Vaccination report Assam 1874-1896 - 1874-1896
Year: 1874
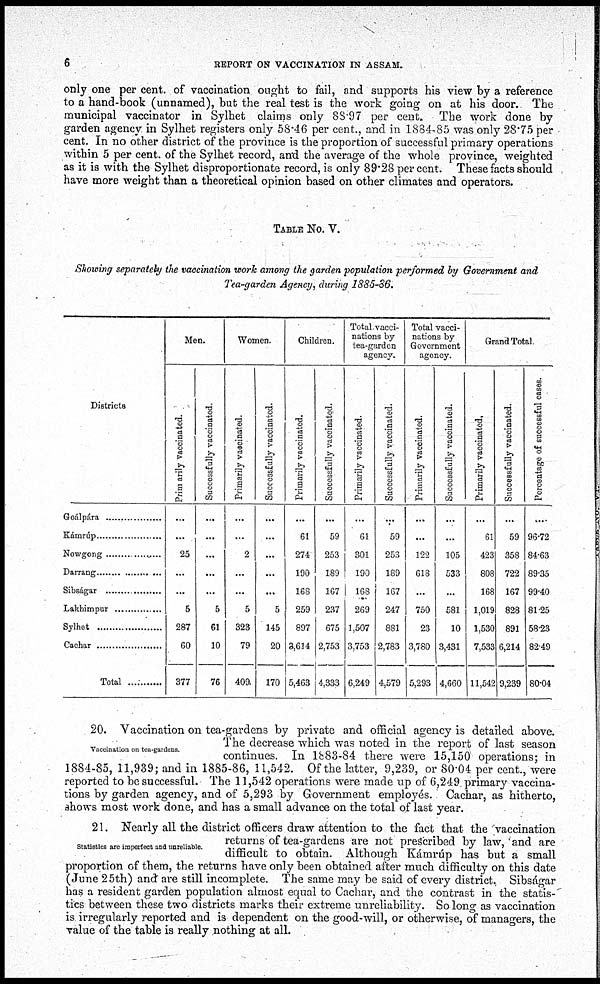
6
REPORT ON VACCINATION IN ASSAM.
only one per cent. of vaccination ought to fail, and supports his view by a reference
to a hand-book (unnamed), but the real test is the work going on at his door. The
municipal vaccinator in Sylhet claims only 88.97 per cent. The work done by
garden agency in Sylhet registers only 58.46 per cent., and in 1884-85 was only 28.75 per
cent. In no other district of the province is the proportion of successful primary operations
within 5 per cent. of the Sylhet record, and. the average of the whole province, weighted
as it is with the Sylhet disproportionate record, is only 89.28 per cent. These facts should
have more weight than a theoretical opinion based on other climates and operators.
TABLE No. V.
Showing separately the vaccination work among the garden population performed by Government and
Tea-garden Agency, during 1885-86.
Districts
Goálpára
Kámrúp ..................
Nowgong ...............
Darrang ..................
Sibságar ..................
Lakhimpur ...............
Sylhet .....................
Cachar .....................
Total .........
Men.
Primarily vaccinated.
...
...
25
...
...
5
287
60
377
Successfully vaccinated.
...
...
...
...
...
5
61
10
76
Women.
Primarily vaccinated.
...
...
2
...
...
5
323
79
409
Successfully vaccinated.
...
...
...
...
...
5
145
20
170
Children.
Primarily vaccinated.
...
61
274
190
168
259
897
3,614
5,463
Successfully vaccinated.
...
59
253
189
167
237
675
2,753
4,333
Total vacci-
nations by
tea-garden
agency.
Primarily vaccinated.
...
61
301
190
168
269
1,507
3,753
6,249
Successfully vaccinated.
...
59
253
189
167
247
881
2,783
4,579
Total vacci-
nations by
Government
agency.
Primarily vaccinated.
...
...
122
618
...
750
23
3,780
5,293
Successfully vaccinated.
...
...
105
533
...
581
10
3,431
4,660
Grand Total.
Primarily vaccinated.
...
61
423
808
168
1,019
1,530
7,533
11,542
Successfully vaccinated.
...
59
358
722
167
828
891
6,214
9,239
Percentage of successful cases.
...
96.72
84.63
89.35
99.40
81.25
58.23
82.49
80.04
Vaccination on tea-gardens.
20. Vaccination on tea-gardens by private and official agency is detailed above.
The decrease which was noted in the report of last season
continues. In 1883-84 there were 15,150 operations; in
1884-85, 11,939; and in 1885-86, 11,542. Of the latter, 9,239, or 80.04 per cent., were
reported to be successful. The 11,542 operations were made up of 6,249 primary vaccina-
tions by garden agency, and of 5,293 by Government employés. Cachar, as hitherto,
shows most work done, and has a small advance on the total of last year.
Statistics are imperfect and unreliable.
21. Nearly all the district officers draw attention to the fact that the vaccination
returns of tea-gardens are not prescribed by law, and are
difficult to obtain. Although Kámrúp has but a small
proportion of them, the returns have only been obtained after much difficulty on this date
(June 25th) and are still incomplete. The same may be said of every district. Sibságar
has a resident garden population almost equal to Cachar, and the contrast in the statis-
tics between these two districts marks their extreme unreliability. So long as vaccination
is irregularly reported and is dependent on the good-will, or otherwise, of managers, the
value of the table is really nothing at all.